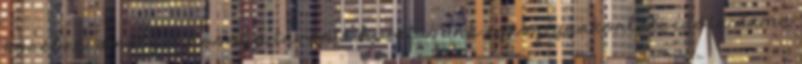
körében, amelyet hosszú távon a hivatásunk egész gyakorlati időtartama